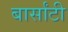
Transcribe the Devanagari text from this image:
बार्सांटी